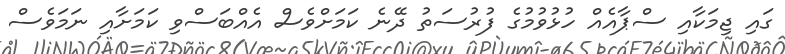
ގައި ޖިމަކާއި ސްޕާއެއް ހުޅުވުމުގެ ފުރުސަތު ދޭނެ ކަމަށްވެސް އެއްބަސްވި ކަމަށާއި ނަމަވެސް